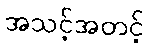
အသင့်အတင့်